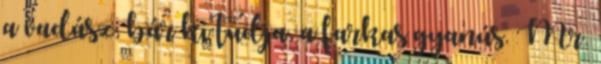
a vadász, bár ki tudja, a farkas gyanús. Mr.